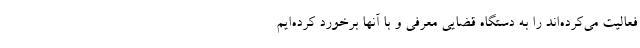
فعالیت‌ می‌کرده‌اند را به دستگاه قضایی معرفی و با آنها برخورد کرده‌ایم